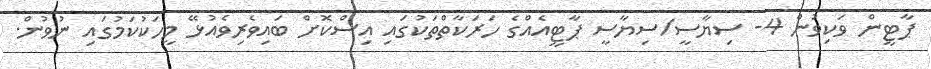
ޕާޓީން ވަކިވުން 4- ސިޔާސީ/ސިޔާސީ ޕާޓީއެއްގެ ހަރަކާތްތަކުގައި އިސްކޮށް ބައިވެރިވެއުޅޭ މީހަކުކަމުގައި ނުވުން.